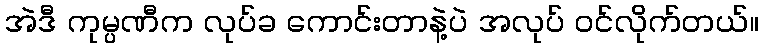
အဲဒီ ကုမ္ပဏီက လုပ်ခ ကောင်းတာနဲ့ပဲ အလုပ် ဝင်လိုက်တယ်။